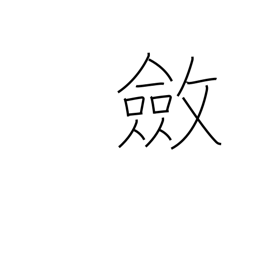
Meaning: stiffen